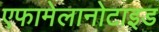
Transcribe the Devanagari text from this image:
एफामेलानोटाइड